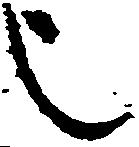
也